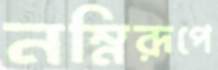
নম্নিরূপে